Vaccination in Bombay 1913-1923 - 1913-1923
Year: 1913
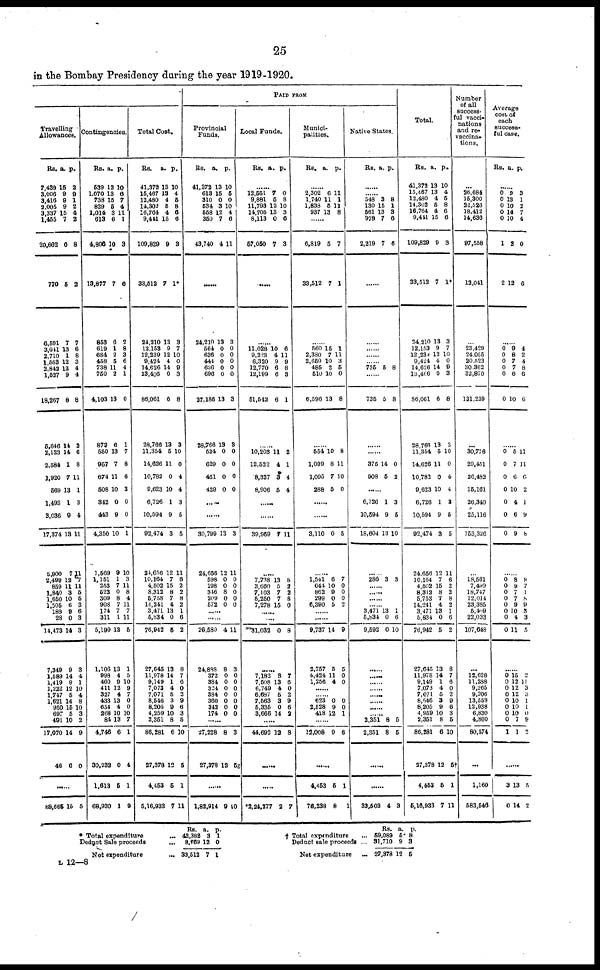
25
in the Bombay Presidency during the year 1919-1920.
Travelling
Allowances.
Rs.
7,439
3,006
3,416
2,005
3,337
1,455
20,662
770
6,591
3,011
2,710
1,553
2,842
1,527
18,267
6,646
2,123
2,584
1,920
569
1,493
3,036
17,374
5,900
2,499
859
1,840
1,650
1,505
189
28
14,473
7,349
1,589
1,419
1,222
1,747
1,621
950
697
401
17,070
46
a.
16
9
9
9
15
7
0
5
7
13
1
12
12
9
8
14
14
1
7
13
1
9
13
7
12
11
3
10
6
9 0
14
9
14
9
12
5
14
15
5
10
14
6
p.
2
9
1
2
4
2
8
2
7
6 8
3
4
4
8
2
6
8
11
1
3
4
11
11 7 11
5
5
3
6
3
3
3
4
1
10
4
8
10
3
2
9
0
......
88,665 15 5
Contingencies.
Rs.
539
1,070
738
829
1,014
613
4,800
13,877
853
619
684
458
738
750
4,103
873
550
957
674
508
342
443
4,350
1,569
1,151
253
522
309
90
174
311
5,199
1,106
998
460
411
32
433
654
268
8
4,746
30,232
1,613
68,930
a.
12
13
15
5
3
6
10
7
6
1
2
5
11
2
13
6
13
7
11
10
0
9
10
9
1
7
0
8
7
7
1
13
13
4
9
12
4
13
4
11
13
6
0
5
1
p.
10
6 7
4
11
1
3
6
2
8
3
6
4
1
0
1
7
8
6
3
0
0
1
10
3
11
8
4
11
7
11
5
1
5
10
9
7
0
0
10
7
1
4
1
9
Total Cost.
Rs.
41,372
15,467
12,480
14,302
16,764
9,441
109,829
33,512
24,210
12,153
12,239
9,424
14,626
13,406
86,061
28,766
11,354
14,626
10,782
9,623
6,726
10,594
92,474
24,656
10,164
4,502
8,312
5,758
14,241
3,471
5,834
76,942
27,645
11,978
9,149
7,073
7,071
8,546
8,205
4,259
2,351
86,281
27,378
4,453
5,16,933
a.
13
13
4
5
4
15
9
7
13
9
12
4
14
0
6
13
5
11
0
10
1
9
3
12
7
15
8
7
4
13
0
5
13
14
1
4
5
3
9
10
8
6
12
5
7
p.
10
4
5
8
6 6
3
1*
3
7
10
0
9 3
8
3
10
0
4
4
3
5
5
11
6
2
2
8
2
1
6
2
8
7
6
0
2
0
6
3
5
10
5
1
11
PAID FROM
Provincial
Funds.
Rs.
41,372
613
310
534
558
350
43,740
a.
13
15
0
3
12
7
4
p.
10
5
0
10
4
6
11
......
24,210
564
636
444
636
696
27,186
28,766
524
629
451
429
13
0
0
0
0
0
13
13
0
0
0
0
3
0
0
0
0
0
3
3
0
0
0
0
......
......
30,799
24,656
598
198
346
209
572
13
12
0
0
8
0
0
3
11
0
0
0
0
0
......
......
26,580
24,888
372
384
324
334
360
342
174
4
8
0
0
0
0
0 0
0
11
3
0
0
0
0
0
0
0
......
27,228
27,378
8
12
3
52
......
1,82,914 9 10
Local Funds.
Rs. a. p.
......
12,551
9,881
11,793
14,705
8,113
57,050
7
5
12
13
0
7
0
8
10
3
6
3
......
......
11,028
9,223
6,320
12,770
12,199
51,542
10
4
9
6
6
6
6
11
9
8
3
1
......
10,209
12,522
8,327
8,906
11
4
3
5
2
1
4
4
......
......
39,959 7 11
......
7,738
3,660
7,103
5,250
7,278
13
5
7
7
15
8
2
2
8
0
......
......
31,032 0 8
......
7,182
7,508
6,749
6,687
7,563
5,335
3,666
3
13
4
5
3 0
14
7
6
0
2
9
6
2
......
44,692 12 8
......
......
*2,24,277 2 7
Munici-
palities.
Rs. a. p.
......
2,302
1,740
1,838
937
6
11
5
13
11 l
11
8
......
6,819
33,512
5
7
7
1
......
560
2,380
2,659
485
510
6,596
15
7
10
2
10
13
1
1
3
5
0
8
......
554
1,099
1,095
288
10
8
7
5
8
11
10
0
......
......
3,110 0 5
......
1,541
644
862
299
6,390
6
10
9
0
5
7
0
0
0
2
......
......
9,737
2,757
4,424
1,256
14
5
11
4
9
5
0
0
......
...... 623
2,528
418
0
9
12
0
0
1
......
12,008 9 6
......
4,453
76,238
5
8
1
1
Native States.
Rs. a. p.
......
......
548
130
561
978
2,219
3
15
13
7
7
8
1
3
6
6
......
......
......
......
...... 735 5 8
......
735 5 8
......
......
375
908
14
5
0
2
......
6,726
10,594
18,604
1
9
13
3
5
10
......
286 3 3
......
......
......
...... 3,471
5,834
9,592
13
0
0
1
6
10
......
......
......
...... ......
......
......
...... 2,351
2,351
8
8
5
5
......
......
33,503 4 3
Total.
Rs.
41,372
15,467
12,480
14,302
16,764
9,441
109,829
33,512
24,210
12,153
12,239
9,424
14,626
18,406
86,061
28,766
11,354
14,626
10,782
9,623
6,726
10,594
92,474
24,656
10,164
4,502
8,312
5,753
14,241
3,471
5,834
76,942
27,645
11,978
9,149
7,073
7,071
8,546
8,205
4,959
2,351
86,281
27,378
4,453
5,16,933
a.
13
13
4
5
4
15
9
7
13
9
12
4
14
0
6
13
5
11
0
10
1
9
3
12
7
15
8
7
4
13
0
5
13
14
1
4
5
3
9
10
8
6
12
5
7
p.
10
4
5
8
6
6
3
1*
3
7
10
0
9
3
8
3
10
0
4
4
3
5
5
11
6
2
2
8
2
1
6
2
8
7
6
0
2
9
6
3
5
10
5†
1
11
Number
of all
success-
ful vacci-
nations
and re-
vaccina-
tions.
...
26,684
15,300
22,528
18,412
14,636
97,558
12,041
...
23,429
24,055
20,523
30,362
32,870
131,239
...
30,776
29,451
26,482
15,161
26,340
25,116
153,326
...
18,561
7,499
18,747
12,014
23,385
5,409
22,033
107,648
...
12,628
11,288
9,265
9,206
13,559
12,938
6,830
4,860
80,574
...
1,160
583,546
Average
cost of
each
success-
ful case.
Rs. a. p.
......
0
0
0
0
0
1
2
9
13
10
14
10
3
12
3
1
2
7
4
0
6
......
0
0
0
0
0
0
9
8
7
7
6
10
4
2
4
8
6
6
......
0
0
0
0
0
0
0
5
7
6
10
4
6
9
11
11
6
2
1
9
8
......
0
0
0
0
0
0
0
0
8
9
7
7
9
10
4
11
8
7
1
8
9
3
3
5
......
0 0
0 0
0
0
0 0
1
15
12
12
12
10
10
10
7
1
2
11
3
3
1
1
0
9
2
......
3
0
13
14
5
2
* Total expenditure
...
Deduct Sale proceeds ...
Net expenditure
...
Rs.
42,382
8,769
33,512
a.
3
12
7
p.
1
0
1
† Total expenditure ...
Deduct sale proceeds ...
Net expenditure
...
Rs.
59,089
31,710
27,378
a.
5
9
12
p.
8
3
5
L 12—8